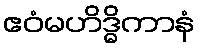
ဧဝံမဟိဒ္ဓိကာနံ